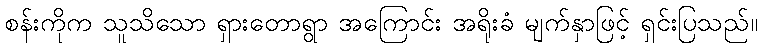
စန်းကိုက သူသိသော ရှားတောရွာ အကြောင်း အရိုးခံ မျက်နှာဖြင့် ရှင်းပြသည်။